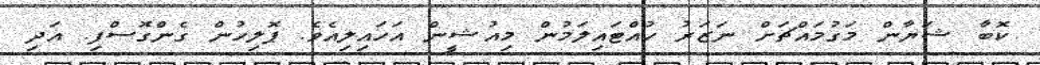
ކޮބާ ޝަޔާން މަގުމައްޗަށް ނަޒަރު ހުއްޓައިލަމުން މިއުޝީން އަހައިލިއެވެ. ޕޮލިހުން ގެންގޮސްފި. އަދި